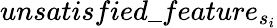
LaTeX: unsatisfied\_ feature_{s_{i}}